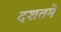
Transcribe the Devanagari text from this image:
दशतमे